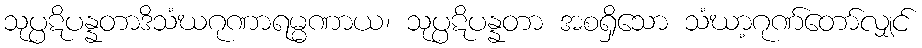
သုပ္ပဋိပန္နတာဒိသံဃဂုဏာရမ္မဏာယ၊ သုပ္ပဋိပန္နတာ အစရှိသော သံဃာ့ဂုဏ်တော်လျှင်